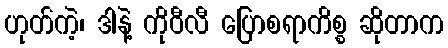
ဟုတ်ကဲ့၊ ဒါနဲ့ ကိုဝီလီ ပြောစရာကိစ္စ ဆိုတာက